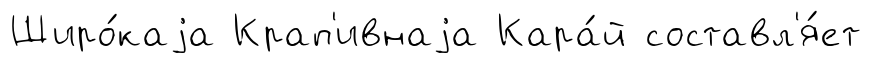
Широ́каjа Крап'ивнаjа Кара́й составл'я́ет